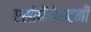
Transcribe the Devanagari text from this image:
एसोफैगेकटमी